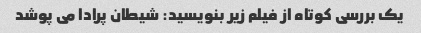
یک بررسی کوتاه از فیلم زیر بنویسید: شیطان پرادا می پوشد